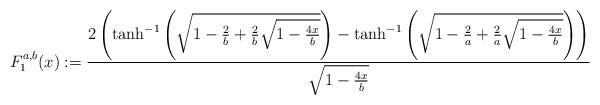
LaTeX: \begin{align*}F^{a,b}_1(x):= \frac{2\left( \tanh^{-1}\left(\sqrt{1 - \frac{2}{b} + \frac{2}{b} \sqrt{1-\frac{4x}{b}}}\right) - \tanh^{-1}\left(\sqrt{1 - \frac{2}{a} +\frac{2}{a}\sqrt{1-\frac{4 x}{b}}}\right)\right) }{\sqrt{1-\frac{4x}{b}}} \end{align*}